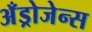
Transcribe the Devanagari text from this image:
अँड्रोजेन्स